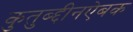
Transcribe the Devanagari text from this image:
कुतुब्द्दीनऐबक